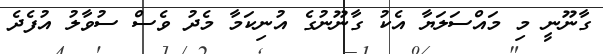
ގާނޫނީ މި މައްސަލަޔާ އެކު ގާނޫނުގެ އުނިކަމާ މެދު ވެސް ސުވާލު އުފެދެ